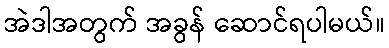
အဲဒါအတွက် အခွန် ဆောင်ရပါမယ်။